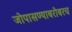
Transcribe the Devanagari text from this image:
जोपासण्याबरोबरच